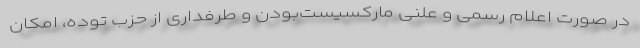
در صورت اعلام رسمی و علنی ماركسیست‌بودن و طرفداری از حزب توده، امكان